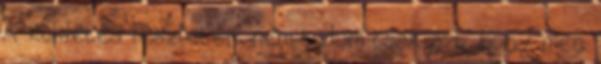
A küldetés részleteit nem tudom csak azt ,hogy meg